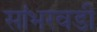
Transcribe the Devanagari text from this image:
सांभरवडी